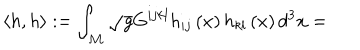
LaTeX: \left\langle h , h \right\rangle : = \int _ { { \cal M } } \sqrt { g } G ^ { i j k l } h _ { i j } \left( x \right) h _ { k l } \left( x \right) d ^ { 3 } x =